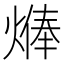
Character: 𱫷